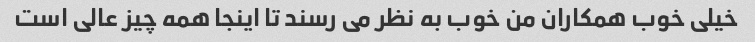
خیلی خوب همکاران من خوب به نظر می رسند تا اینجا همه چیز عالی است